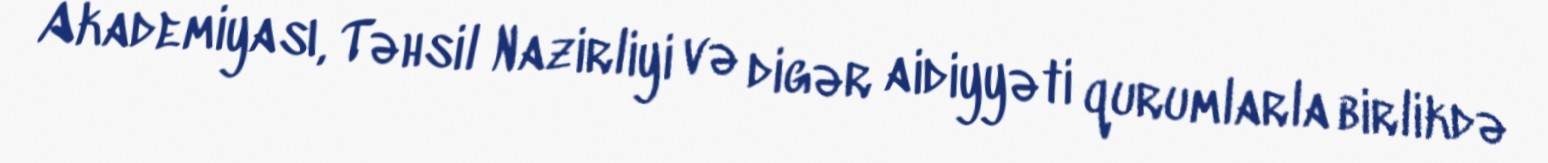
Akademiyası, Təhsil Nazirliyi və digər aidiyyəti qurumlarla birlikdə